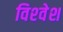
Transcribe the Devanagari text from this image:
विश्‍वेश